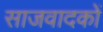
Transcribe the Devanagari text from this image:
साजवादकों